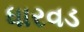
ધારવડ